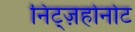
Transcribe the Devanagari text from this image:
निट्ज़होनोट